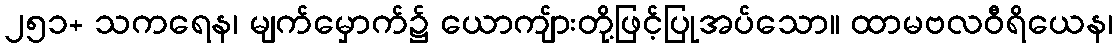
၂၅၁+ သကရေန၊ မျက်မှောက်၌ ယောကျ်ားတို့ဖြင့်ပြုအပ်သော။ ထာမဗလဝီရိယေန၊